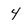
Character: 4